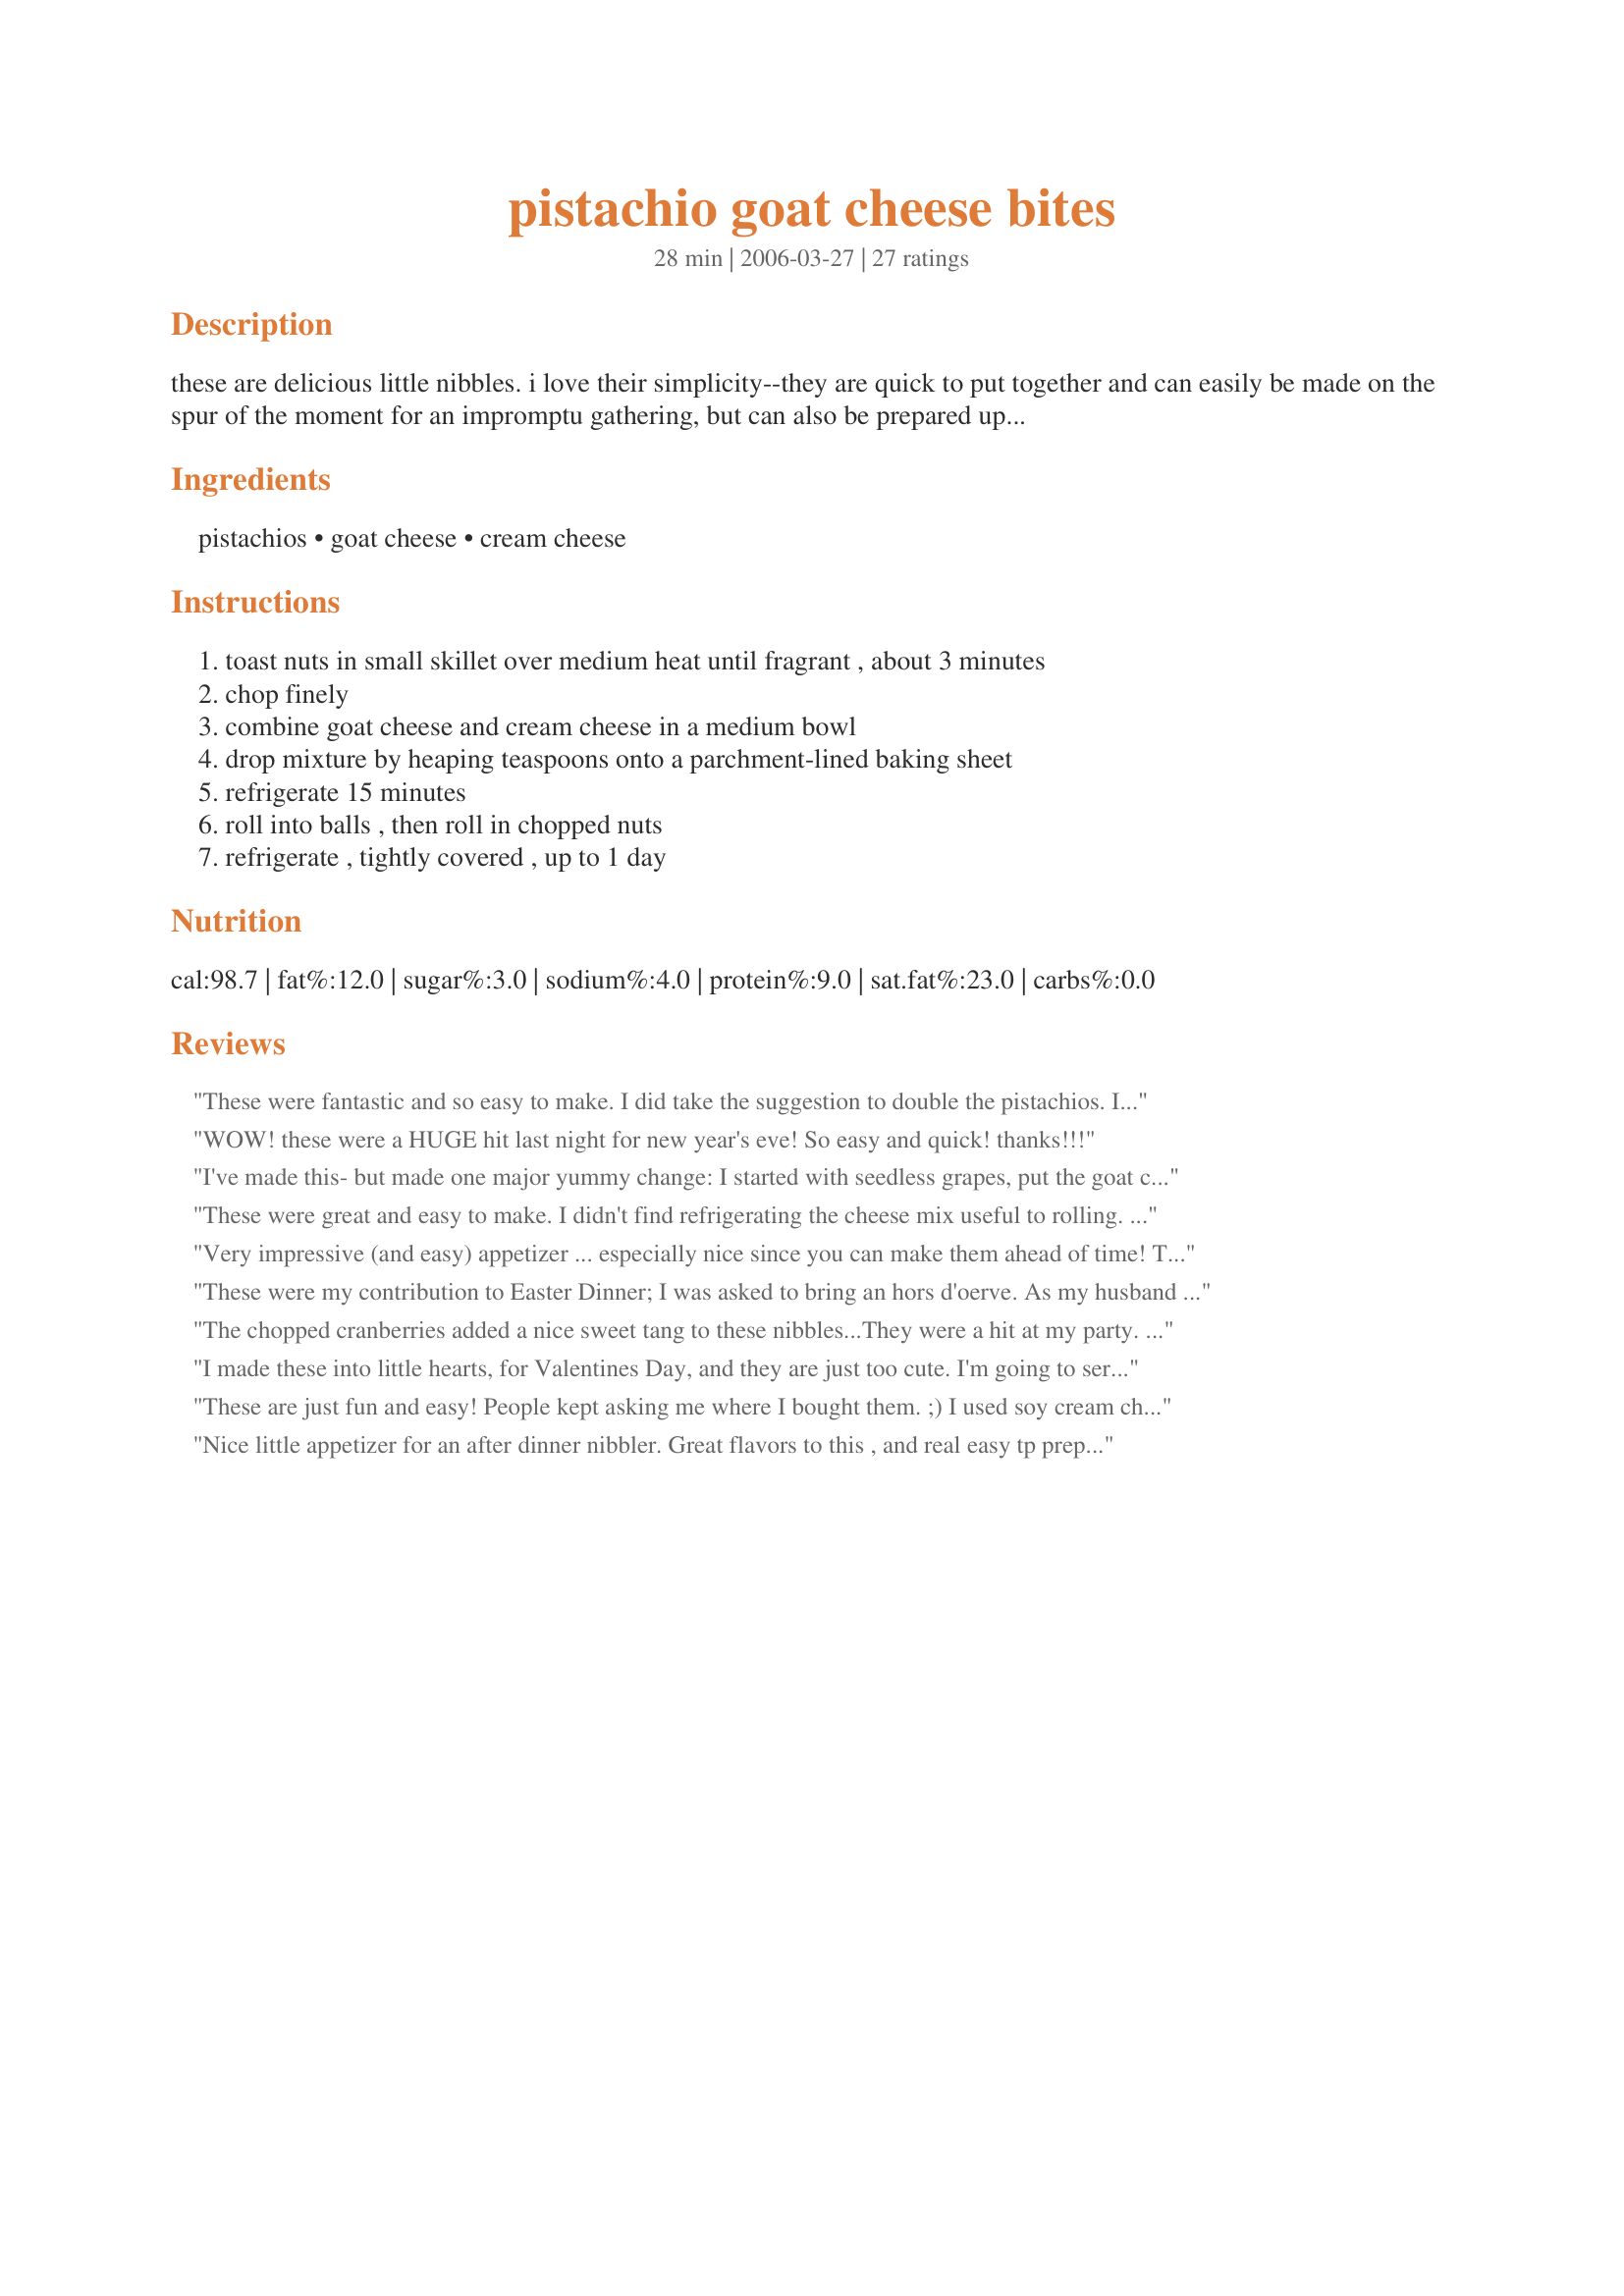
pistachio goat cheese bites
Preparation time: 28 minutes

these are delicious little nibbles. i love their simplicity--they are quick to put together and can easily be made on the spur of the moment for an impromptu gathering, but can also be prepared up to a day ahead. the recipe is adapted from one published in "in style" magazine. prep time includes 15 minutes refrigeration time.

Ingredients:
pistachios, goat cheese, cream cheese

Steps:
toast nuts in small skillet over medium heat until fragrant , about 3 minutes, chop finely, combine goat cheese and cream cheese in a medium bowl, drop mixture by heaping teaspoons onto a parchment-lined baking sheet, refrigerate 15 minutes, roll into balls , then roll in chopped nuts, refrigerate , tightly covered , up to 1 day

Reviews:
These were fantastic and so easy to make. I did take the suggestion to double the pistachios. I also made them a bit smaller than suggested because I figured the goat cheese is a strong enough flavor to be taken in smaller amounts.
WOW! these were a HUGE hit last night for new year's eve! So easy and quick! thanks!!!
I've made this- but made one major yummy change: 
I started with seedless grapes, put the goat cheese (and cream cheese if desired) around the grapes, and then dusted it with the chopped pistachios!
These were great and easy to make. I didn't find refrigerating the cheese mix useful to rolling. It was still pretty sticky. I ended up putting small lumps into a bowl of minced nuts, covering in the nut dust, then rolling. It was easier. Keep them small and "bite sized". I paired these with onion brie bites #73844. Nice combo and everyone loved it.
Very impressive (and easy) appetizer ... especially nice since you can make them ahead of time! These are VERY RICH so make sure you make them on the smaller side. Thanks, Gayla, for a great recipe!
These were my contribution to Easter Dinner; I was asked to bring an hors d'oerve. As my husband is on Atkins I wanted something he could eat. I did bring up his carb points very slightly as I was unable to find pistachios and instead substituted the pre-chopped, honey-glazed pecans that are made to top salads. The slight sweetness really complimented the tang of the goat cheese! While the ball rolling and nut crusting was time-consuming, the resulting snacks (after a quick chill time in the fridge to firm up the cheese again) were well worth it. Bravo, GaylaJ!
The chopped cranberries added a nice sweet tang to these nibbles...They were a hit at my party. Thank you!
I made these into little hearts, for Valentines Day, and they are just too cute. I'm going to serve them tonight for my BF. I'm sure he will love them. Thank you!
These are just fun and easy! People kept asking me where I bought them. ;) I used soy cream cheese since we have some that don't eat traditional dairy, and the overall taste was fab. (In fact, I don't really like soy cream cheese on its own, so mixed with goat cheese, it was devine). I ran short on the pistachio nuts so used walnuts with dried cranberries for the last few. Was a lovely colourful display...thanks!
Nice little appetizer for an after dinner nibbler. Great flavors to this , and real easy tp prepare. Made for I recommend.
Delicious! I doubled the recipe and ended up with 60 balls. I also skipped the refrigeration part of the instructions and made the balls up immediately after mixing the cheeses. It worked out beautifully. Thanks for a wonderful, easy to prepare appetizer.
These were delicious. I made them for New Year's Eve and they were such a hit that I made more for nibbling while were "bowling" (watching bowl games all day) the next day.
Made these for a nibbler for the fam at Thanksgiving. They were easy enough to create and tasted good, but I did them early and stored them in the fridge. The chilling time definitely made the nuts lose their crunch/pizzazz. Next time I'll try to make them just before I serve them.
awesome!!! i used cream cheese with chives and added some minced garlic and cracked black pepper to the cheese mixture. i dropped my mixture by the 1/2 teaspoon so that it was a little more bite-sized. i also doubled the pistachio amount as mentioned by other reviewers and it was exactly perfect! this is a great make ahead recipe! will be adding to my entertainment keepers!! thanks for another winner, gayla!!!!
What a GREAT flavor combination, the cream cheese mellowed the goat cheese just perfectly and the pistachios, muah! These are so easy to make and so impressive to serve!! A party of 7 cleaned up all 10 servings of these babies, and everyone wanted the recipe. I too used a half a cup of pistachios and it was just barely enough to cover all the balls as shown in the picture. Next time (and there will be a next time), I will probably use 1/2 a cup and a tablespoon just to be sure. Thanks Gayla J!
I made this for a small "appetizer" party at home and a friend of mine who doesnt like goat cheese enjoyed them!
These were good but did not go over as well as I thought they would at euchre last night...
Great finger food!
I added chopped dried cranberries to mine. Delicious!
What a hit with my friends. I did not toast the pistachios, I did use double the amount. Had to pass out the recipe to everyone.
These are wonderful! I skipped the cream cheese and made these with goat cheese only (I had a 10.5 oz pack of goat cheese which I didn&#039;t want to go to waste). Brought the goat cheese to room temperature and rolled the balls by hand, which I thought may be faster than dropping them by spoonfuls. Also skipped the refrigeration step and rolled the little goat cheese balls in the chopped nuts and then put them in the fridge until we were ready to eat them. I can honestly say that this is my new favorite appetizer. Thank you!
I tried these as an addition to our family's traditional New Year's Eve menu, and everyone thoroughly enjoyed them! Needless to say, they're not going to be just for New Year's Eve anymore!
Goat cheese is my fave cheese and this little appetizer was delicious...as stated...
They only thing dont let them sit to long because the pistachio's will get soggy and nobody likes soggy nuts...lol
"Delicious!" That's what our company said as they devoured these little morsels and asked for the recipe. Creamy, with a hint of tartness on the inside paired with the crunch of the toasted pistachios on the outside, made these disappear quickly. We served them on a platter surrounded by my Nectarine, Prosciutto and Arugula Bundles and it made a nice presentation for our guests. The platter was emptied in no time. Thanks Gayla J for submitting this recipe. They will be made often at our house.
These are "little yummies" for sure. I halved the recipe and got 13 just the right size little balls. I didn't drop by heaping teaspoons because I thought that would be too much. I did use more Pistachios for the coating. They make for a very nice appetizer. I made these for PAC Spring '06.
Thank you for a great party addition!
These were very good and easy. I did make them ahead of time and refrigerated them and the nuts lost their toasty crispness, so when I do them again, I'll just make them and serve them without refrigerating. thank you.
These were so easy to make and so delicious! I swapped out the goat cheese for feta and added some pistachios into the cheese mix. Very rich and tasty! Thanks!
These are tangy, creamy, crunchy and delicious. I made them for a baby shower and since some were left over, I put them in a freezer bag and saved them. I melted them over some simple grilled chicken (1 per chicken piece) with a lemon & sundried tomato sauce -- it made a great quick dinner and it looked like I fussed for hours.
These are not just for appetizers anymore!
